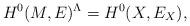
LaTeX: \begin{align*}H^0(M, E)^\Lambda = H^0(X, E_X),\end{align*}